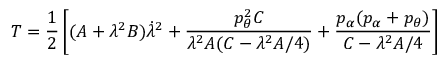
T = \frac { 1 } { 2 } \left[ ( A + \lambda ^ { 2 } B ) \dot { \lambda } ^ { 2 } + \frac { p _ { \theta } ^ { 2 } C } { \lambda ^ { 2 } A ( C - \lambda ^ { 2 } A / 4 ) } + \frac { p _ { \alpha } ( p _ { \alpha } + p _ { \theta } ) } { C - \lambda ^ { 2 } A / 4 } \right]